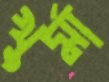
খুর্মা